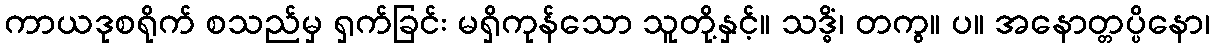
ကာယဒုစရိုက် စသည်မှ ရှက်ခြင်း မရှိကုန်သော သူတို့နှင့်။ သဒ္ဓိံ၊ တကွ။ ပ။ အနောတ္တပ္ပိနော၊